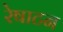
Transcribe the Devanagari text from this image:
रेषाटन